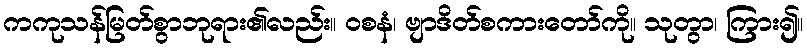
ကကုသန်မြတ်စွာဘုရား၏လည်း။ ဝစနံ၊ ဗျာဒိတ်စကားတော်ကို။ သုတွာ၊ ကြား၍။